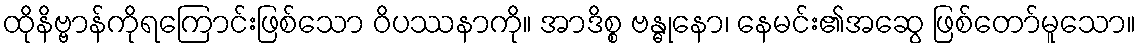
ထိုနိဗ္ဗာန်ကိုရကြောင်းဖြစ်သော ဝိပဿနာကို။ အာဒိစ္စ ဗန္ဓုနော၊ နေမင်း၏အဆွေ ဖြစ်တော်မူသော။